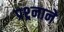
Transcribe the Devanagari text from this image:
प्रश्र्नाने